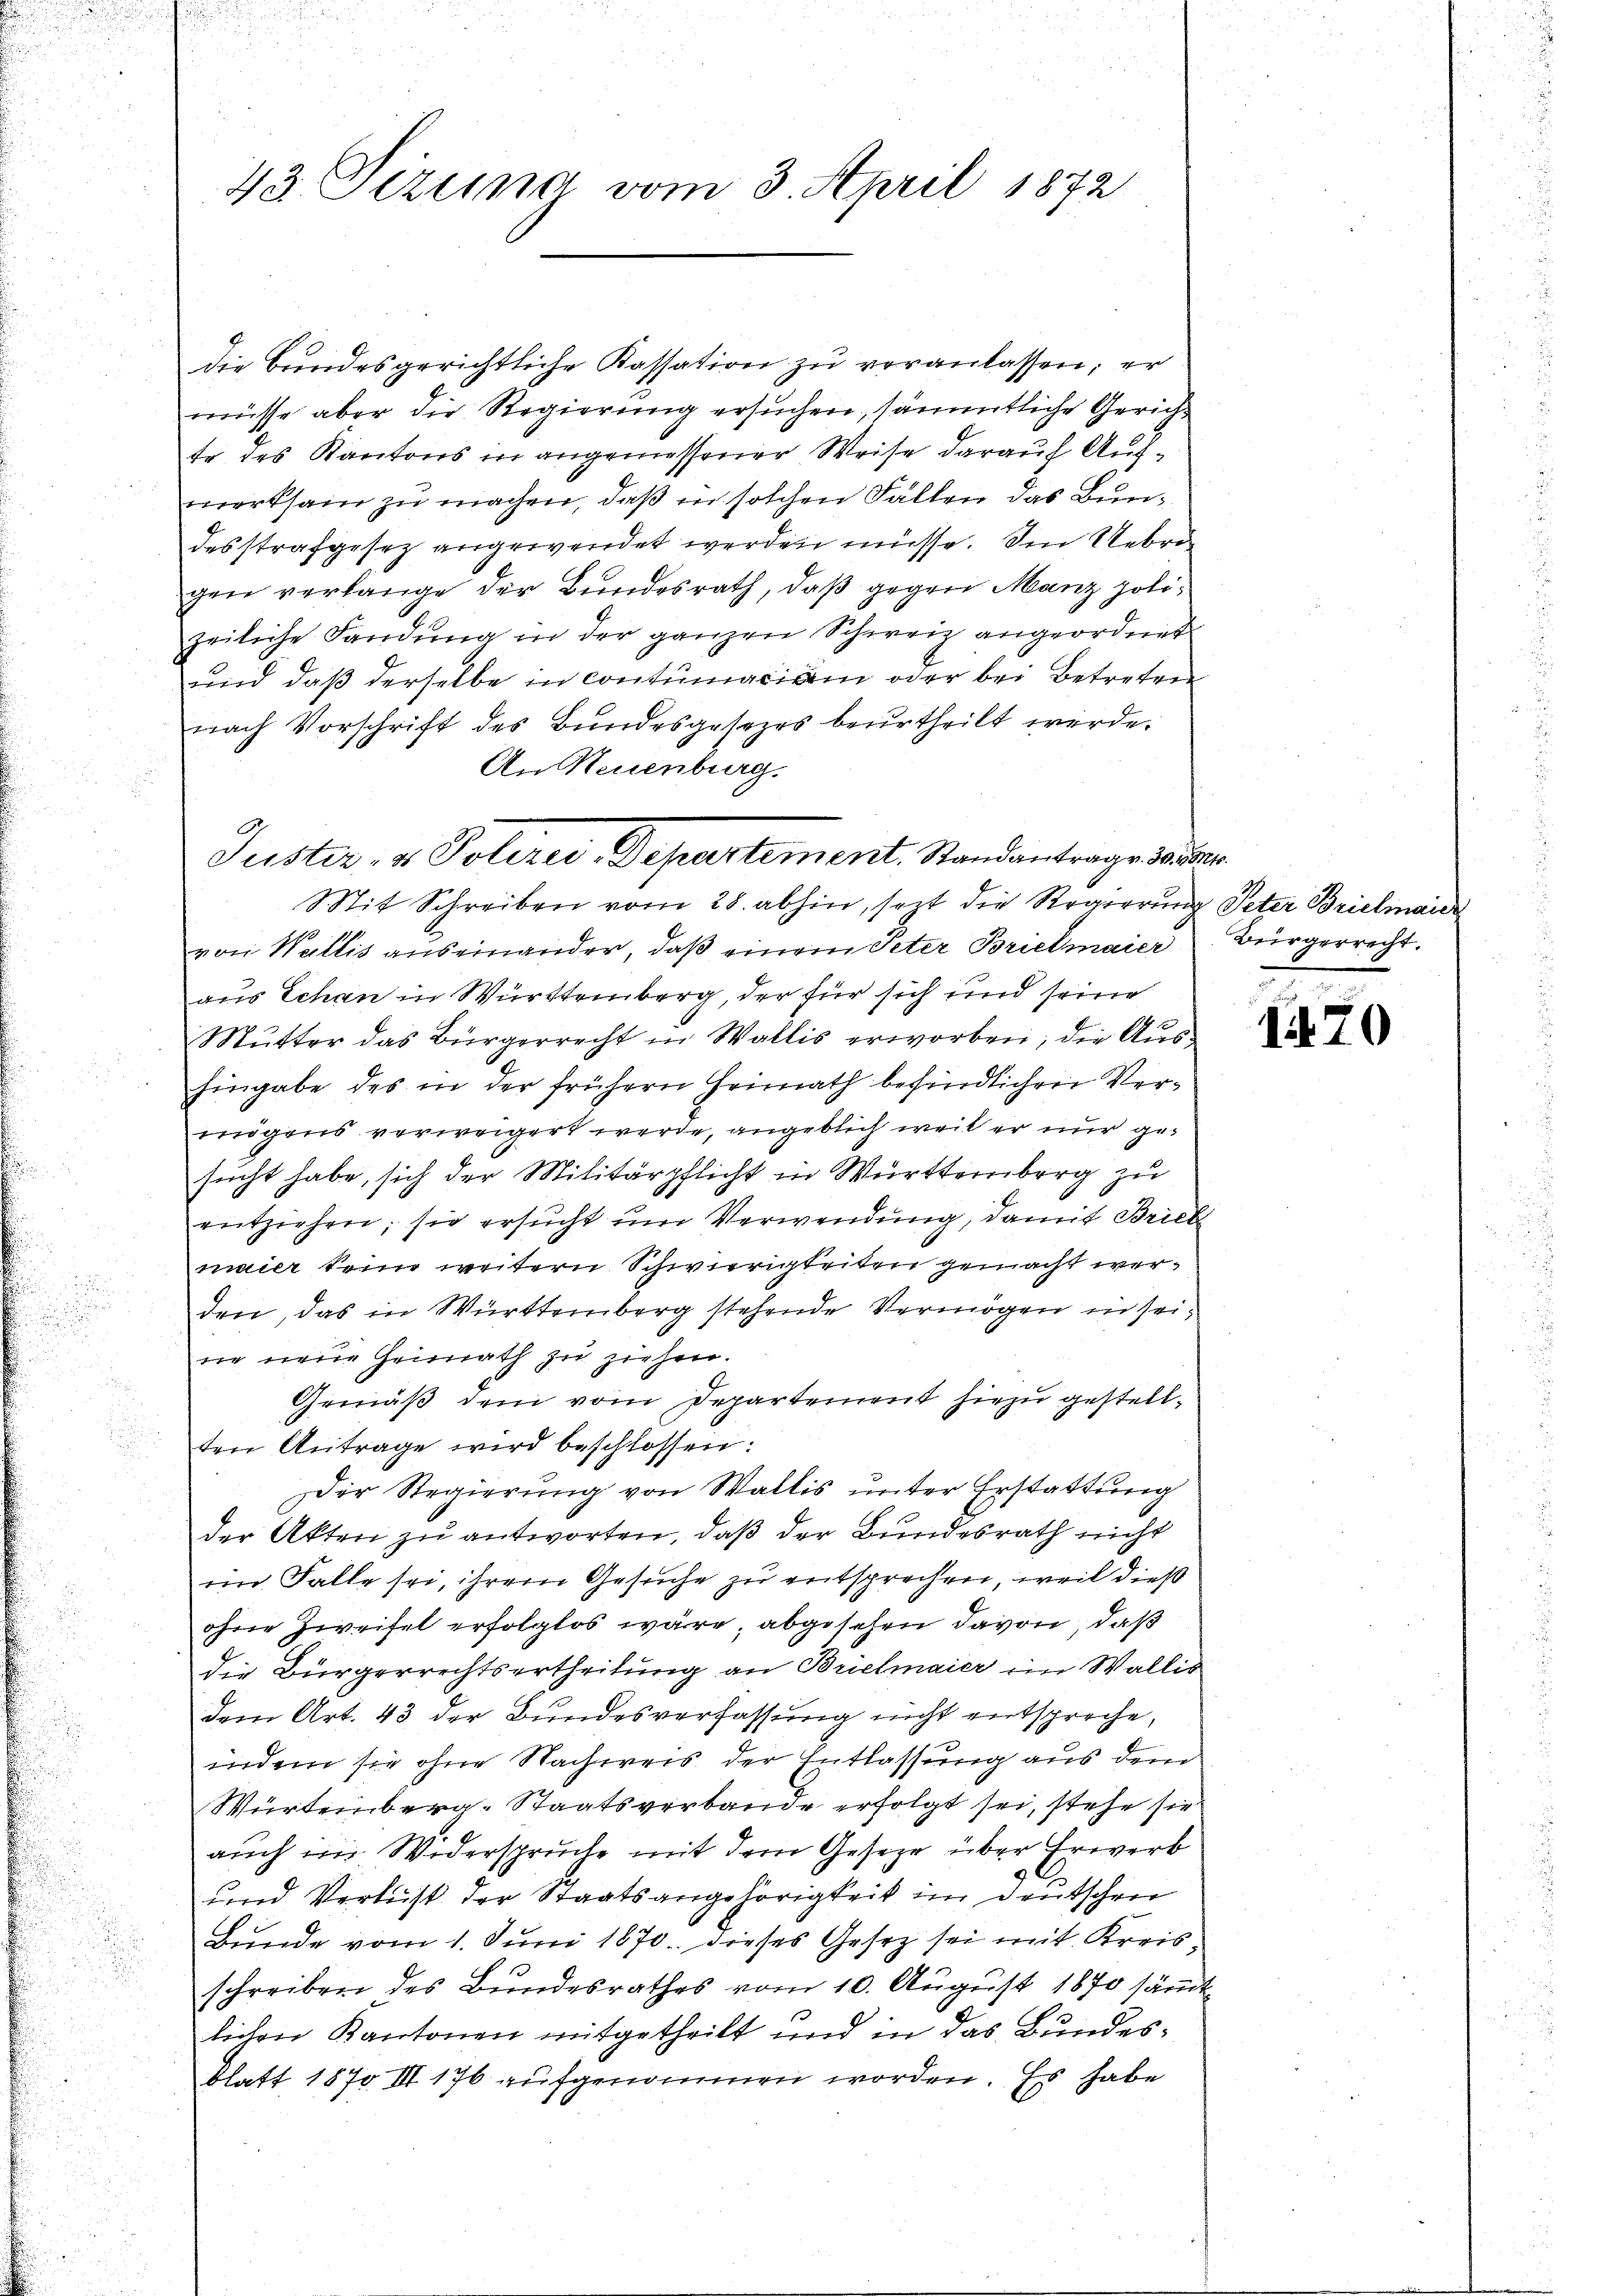
43. Sizung vom 3. April 1872

die Bundesgerichtliche Kassation zŭ veranlassen; er
müsse aber die Regierung ersuchen, sämmtliche Gericht
Er des Kantons in angemessener Weise darauf Aufmerksam zu machen, daß in solchen Fällen das Bundesstrafgesez angewendet werden müsse. Den Uebri
gen verlange der Bundesrath, daß gegen Manz polizeiliche Landŭng in der ganzen Schweiz angeordnet
und daß derselbe in contumaciam oder bei Betreten
nach Vorschrift des Bundesgesezes beurtheilt werde.
An Neuenburg.
Mit Schreiben vom 28. abhin, sezt die Regierung Peter Brielmaier
von Wallis auseinander, daß einem Peter Brielmaier
aus Schan in Württemberg, der für sich und seine
Mŭtter das Bürgerrecht in Wallis erworben; die Aŭs-
Eingabe des in der frühern Heimath befindlichen Vermögens verweigert werde, angeblich weil er nur gesucht habe, sich der Militärpflicht in Württemberg zu
entziehen; sie ersucht um Verwendung, damit Brieb
maier keine weitern Schwierigkeiten gemacht werden, das in Württemberg stehende Vermögen in seine neue Heimath zu ziehen.
Gemäß dem vom Departement hiezu gestellten Antrage wird beschlossen:
Der Regierung von Wallis unter Erstattung
der Akten zu antworten, daß der Bundesrath nicht
im Falle sei, ihrem Gesuche zu entsprechen, weil dieß
ohne Zweifel erfolglos wäre, abgesehen davon, daß
die Bürgerrechtsertheilung an Brielmaier ein Wallis
dem Art. 43 der Bundesverfassung nicht entspreche,
indem sie ohne Nachweis der Entlassung aus dem
Würtemberg-Staatsverbande erfolgt sei, stehe sie
auch in Widersprüche mit dem Geseze über Erwerb
und Verlust der Staatsangehörigkeit im Deutschen
Bunde vom 1. Juni 1870. dieses Gesetz sei mit Kreisschreiben des Bundesrathes vom 10. August 1870 sämmt
lichen Kantonen mitgetheilt und in das Bundesblatt 1870 III 176 aufgenommen worden. Es habe

Puster- & Polizei, Departement. Standantrage dauer

Bürgerrecht.

170